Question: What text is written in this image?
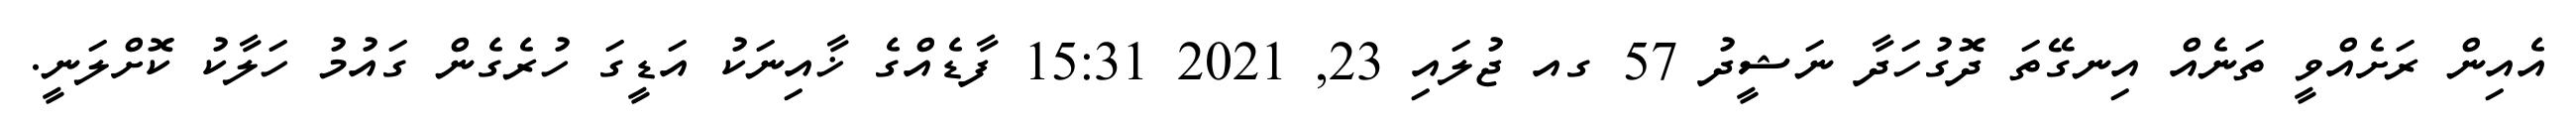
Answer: އެއިން ރަށެއްވީ ތަނެއް އިނގޭތަ ދޮގުހަދާ ނަޝީދު 57 ގއ ޖުލައި 23, 2021 15:31 ފާޑެއްގެ ޚާއިނަކު އަޑީގަ ހުރެގެން ގައުމު ހަލާކު ކޮށްލަނީ.